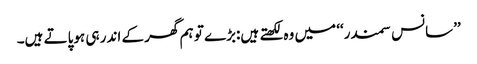
’’سانس سمندر‘‘ میں وہ لکھتے ہیں:بڑے تو ہم گھر کے اندر ہی ہوپاتے ہیں۔